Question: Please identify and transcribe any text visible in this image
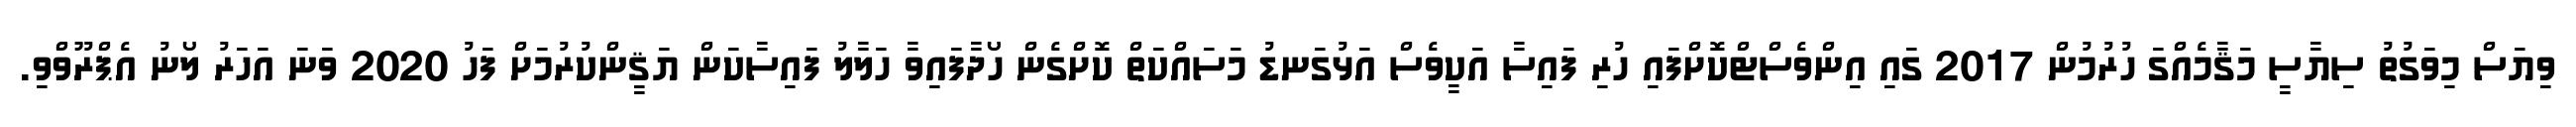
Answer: ވިޔަސް މިވަގުތު ސިޔާސީ މަޤާމެއްގަ ހުރުމުން 2017 ގައި އިންވެސްޓްކޮށްފައި ހުރި ފައިސާ އަކީވެސް އަޅުގަނޑު މަސައްކަތް ކޮށްގެން ހޯދާފައިވާ ހަލާލު ފައިސާކަން ޔަޤީންކުރުމަށް ފަހު 2020 ވަނަ އަހަރު ލޯނު އެޕްރޫވްވި.